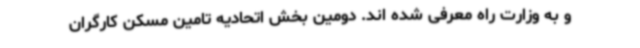
و به وزارت راه معرفی شده اند. دومین بخش اتحادیه تامین مسکن کارگران